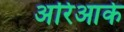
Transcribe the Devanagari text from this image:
अरिआके